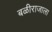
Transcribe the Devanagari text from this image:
बळीराजाला